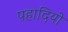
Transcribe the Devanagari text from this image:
पहादियो